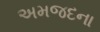
અમજદના